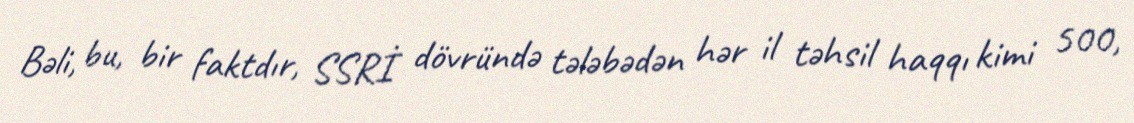
Bəli, bu, bir faktdır, SSRİ dövründə tələbədən hər il təhsil haqqı kimi 500,